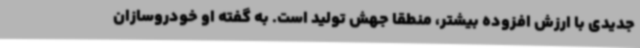
جدیدی با ارزش افزوده بیشتر، منطقا جهش تولید است. به گفته او خودروسازان